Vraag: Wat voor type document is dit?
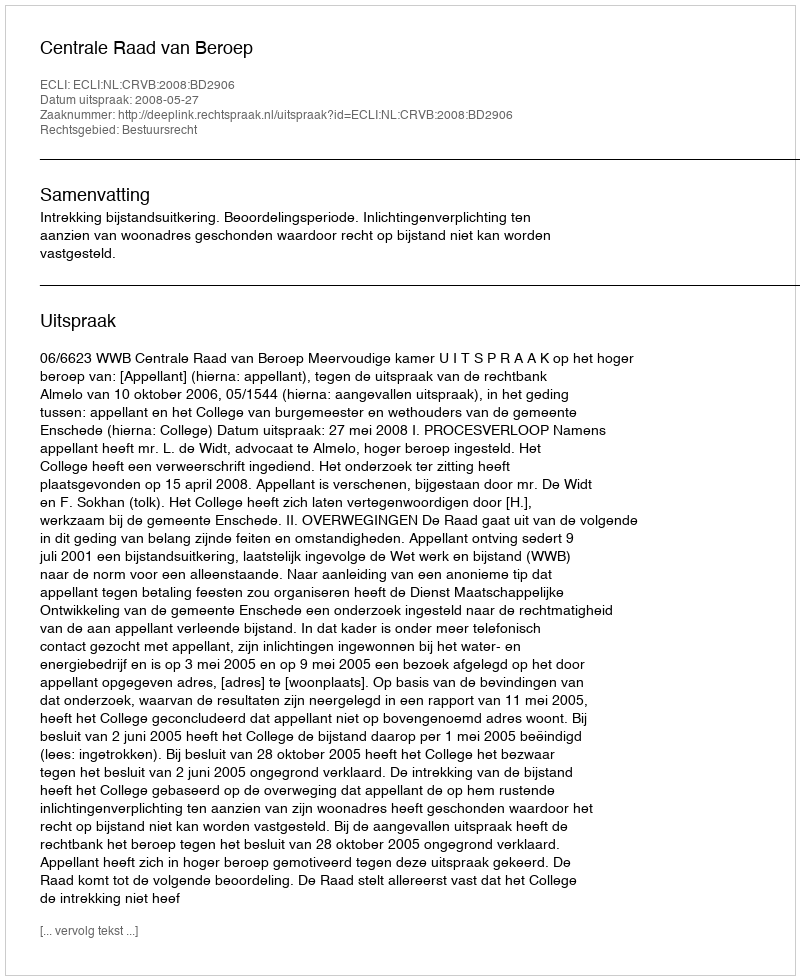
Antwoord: Uitspraak